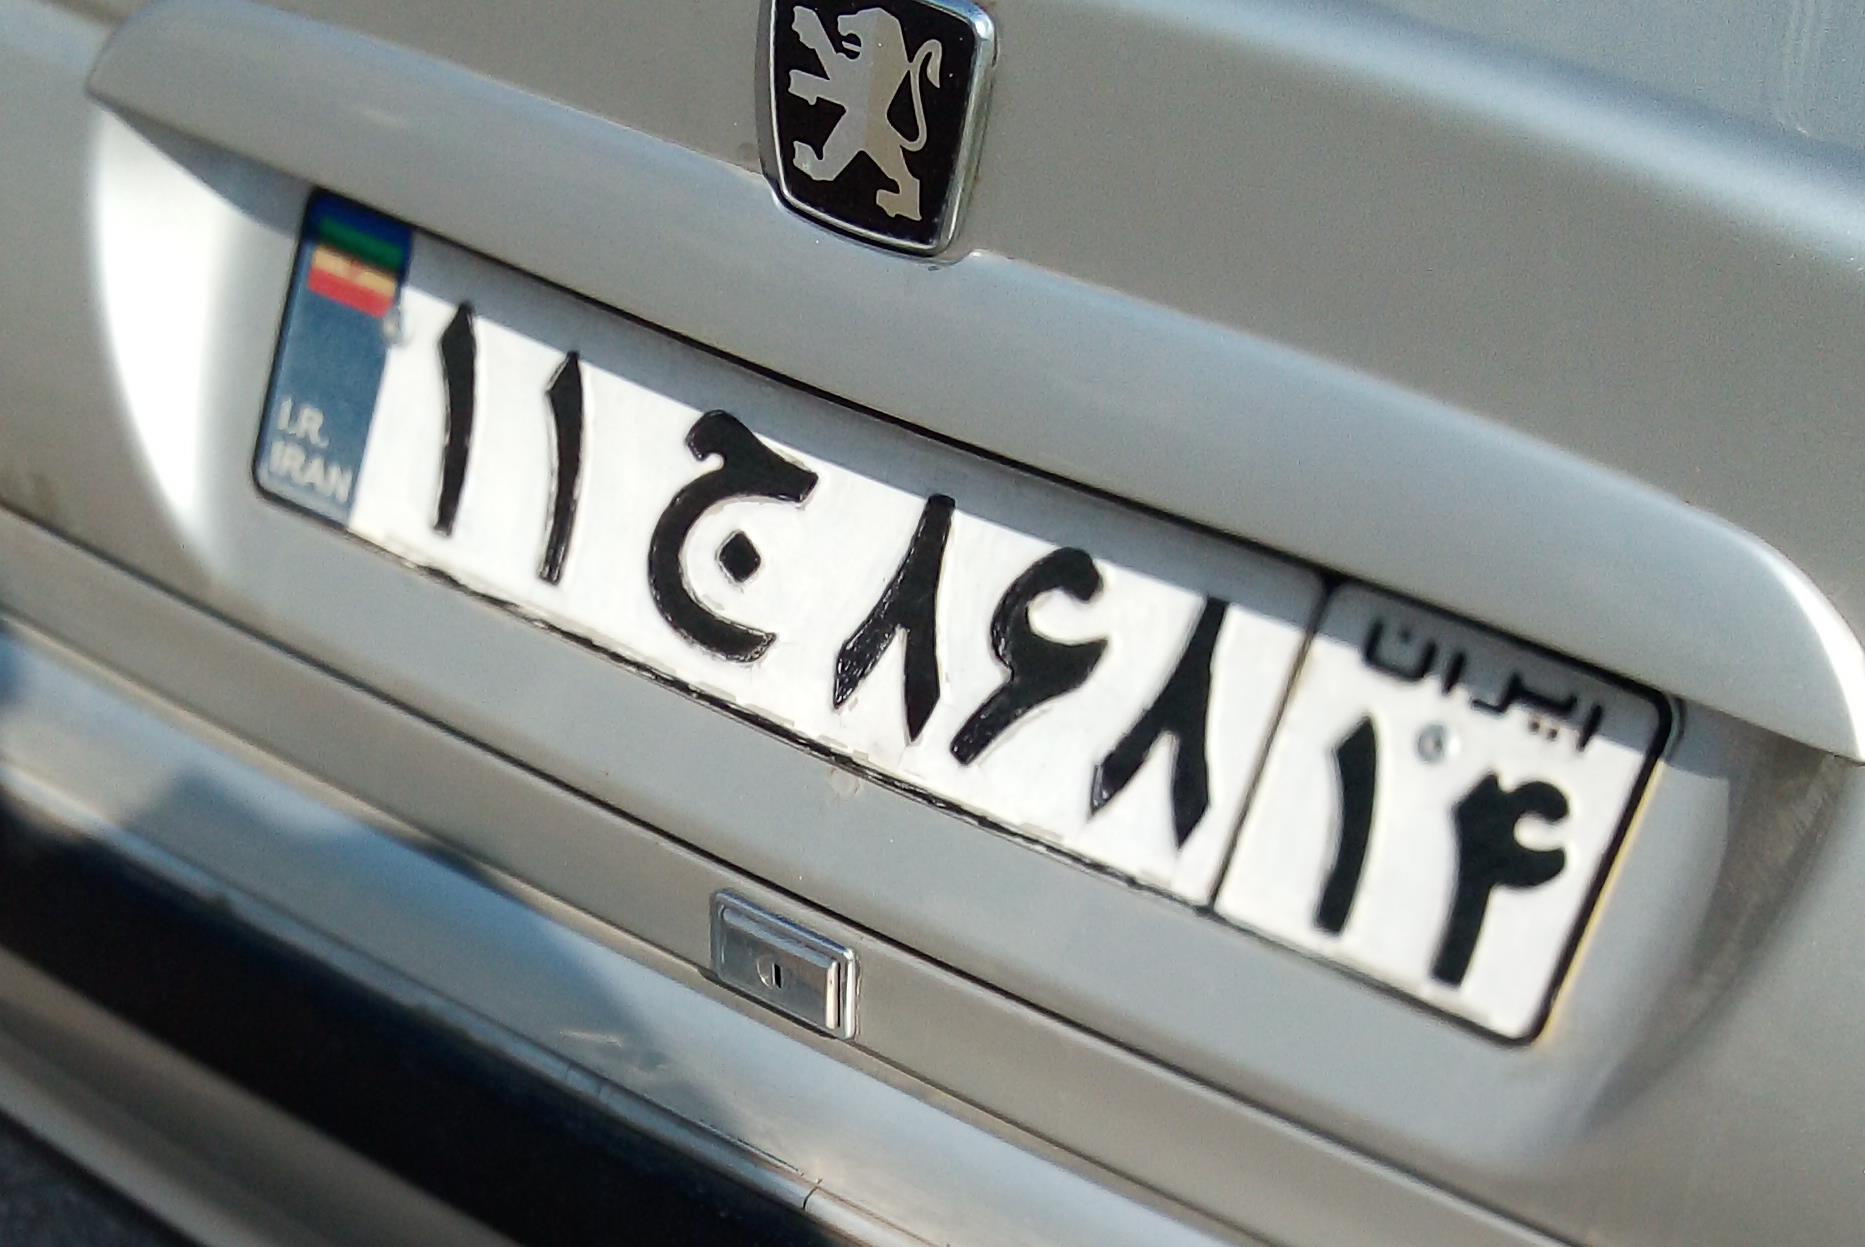
۱۱ج۸۶۸۱۴